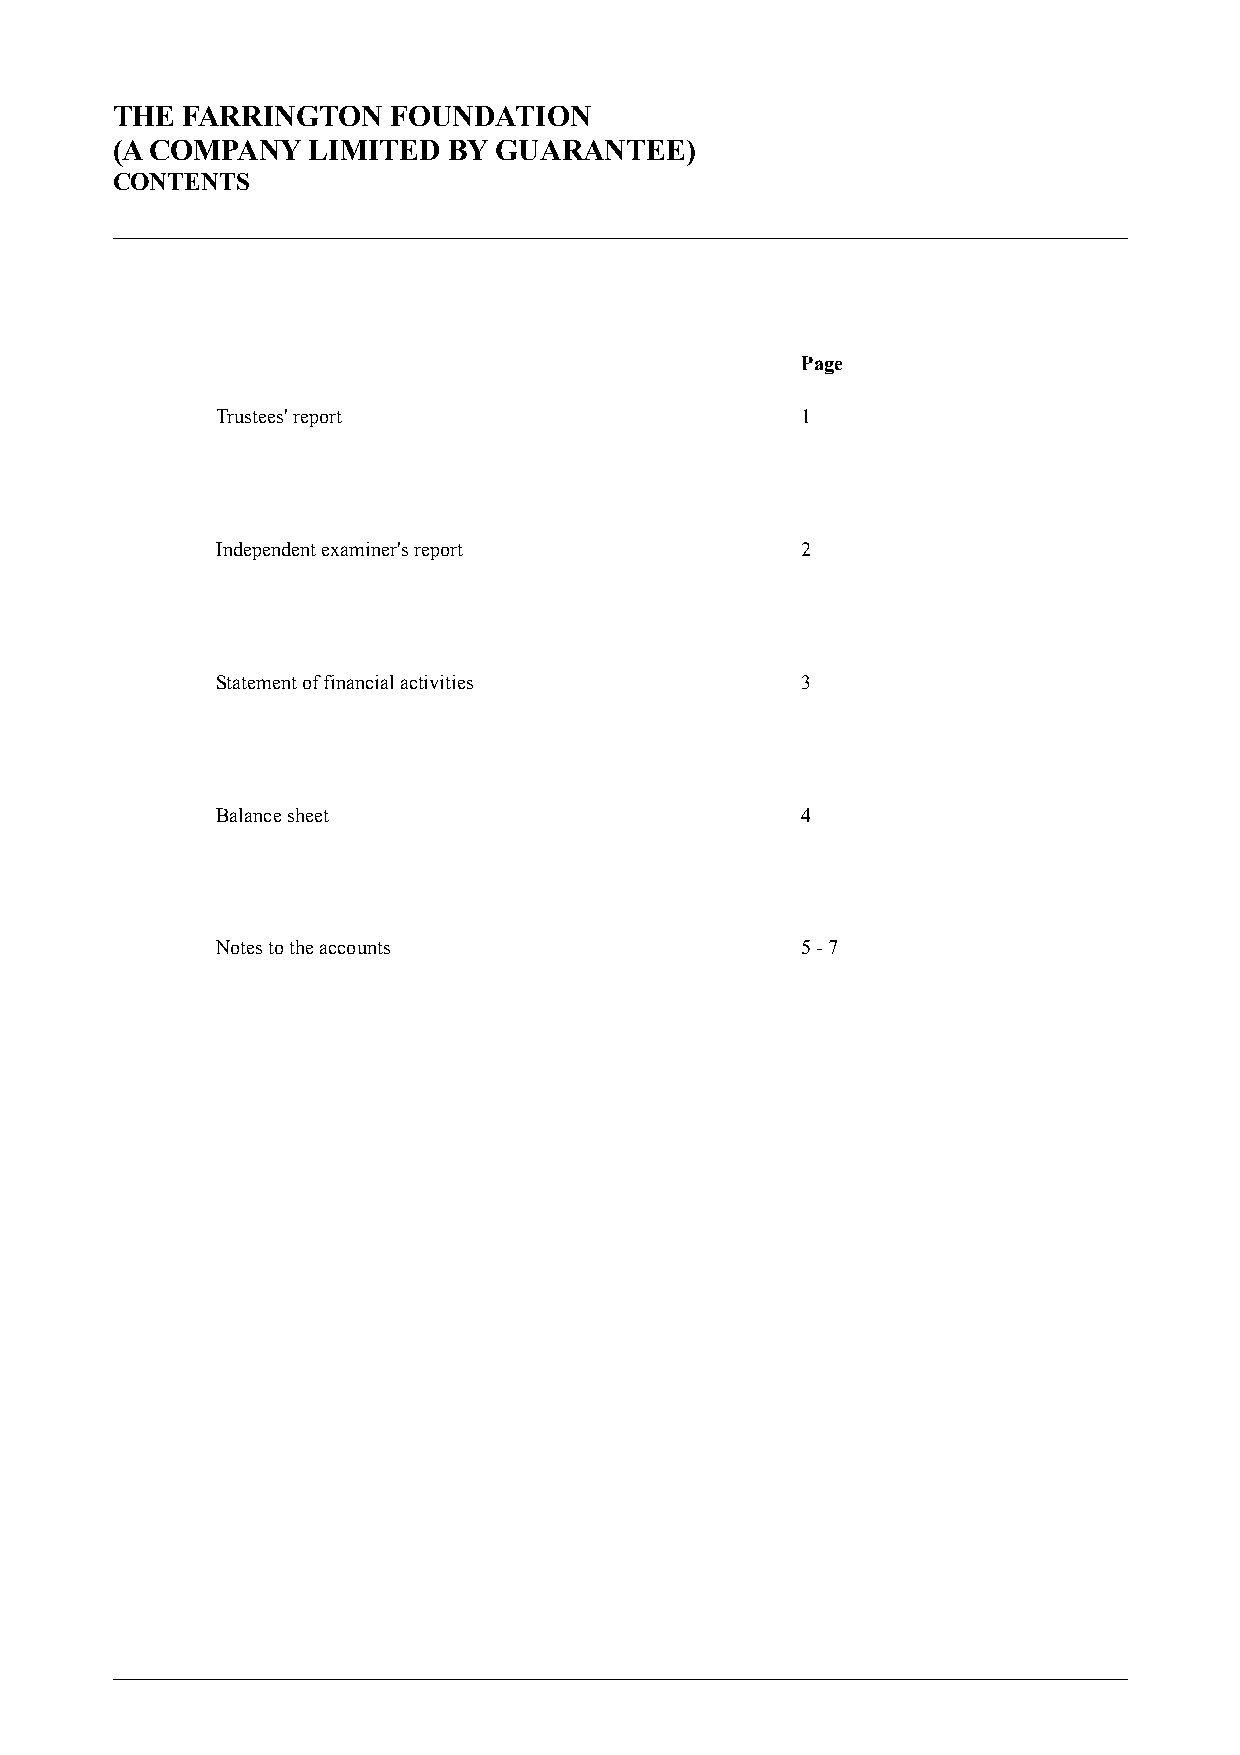
THE  FARRINGTON    FOUNDATION
 (A COMPANY   LIMITED   BY GUARANTEE)
 CONTENTS
 Page
 Trustees' report                       1
 Independent examiner's report          2
 Statement of financial activities      3
 Balance sheet                          4
 Notes to the accounts                  5 -7